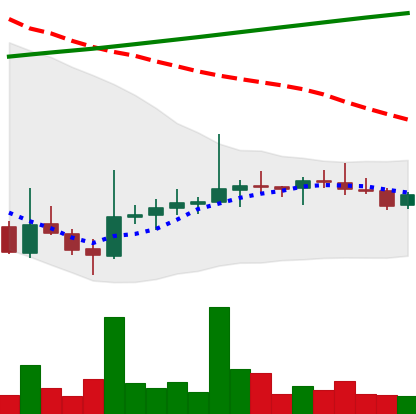
Ticker: DOGE-USD
Chart end date: 2021-08-04
Forward return: 27.499%
Label: up_7plus